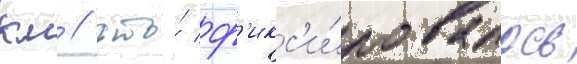
км / что́ ф'икс'и́ровалось